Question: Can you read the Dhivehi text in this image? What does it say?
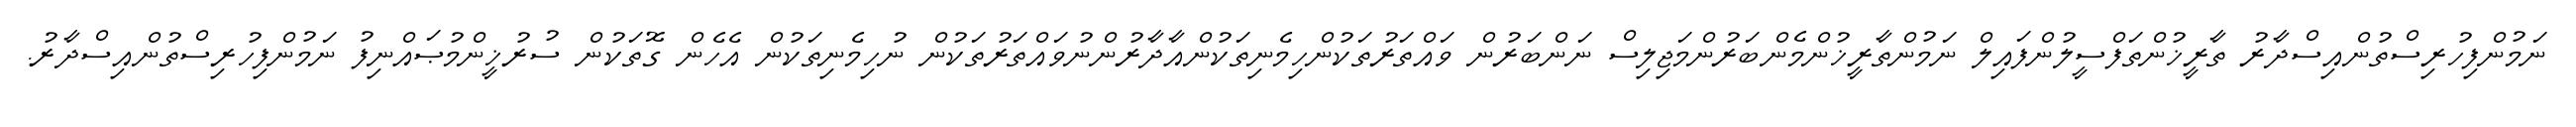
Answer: ނަމުންފިހުރިސްތުންއިސްދާރު ތާރީޚުންތަފްސީލުންފައިލް ނަމުންތާރީޚުންމެންބަރުންމަޖިލިސް ނަންބަރުން ވައްތަރުތަކުންހިމެނިތަކުންއާދާރުންނުވައްތަރުތަކުން ނުހިމެނިތަކުން އެހެން ގޮތަކުން ސުރުޚީންމުޞައްނިފު ނަމުންފިހުރިސްތުންއިސްދާރު.